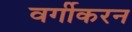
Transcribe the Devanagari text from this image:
वर्गीकरन